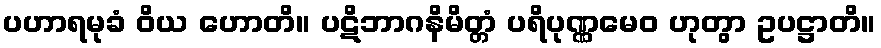
ပဟာရမုခံ ဝိယ ဟောတိ။ ပဋိဘာဂနိမိတ္တံ ပရိပုဏ္ဏမေဝ ဟုတွာ ဥပဋ္ဌာတိ။